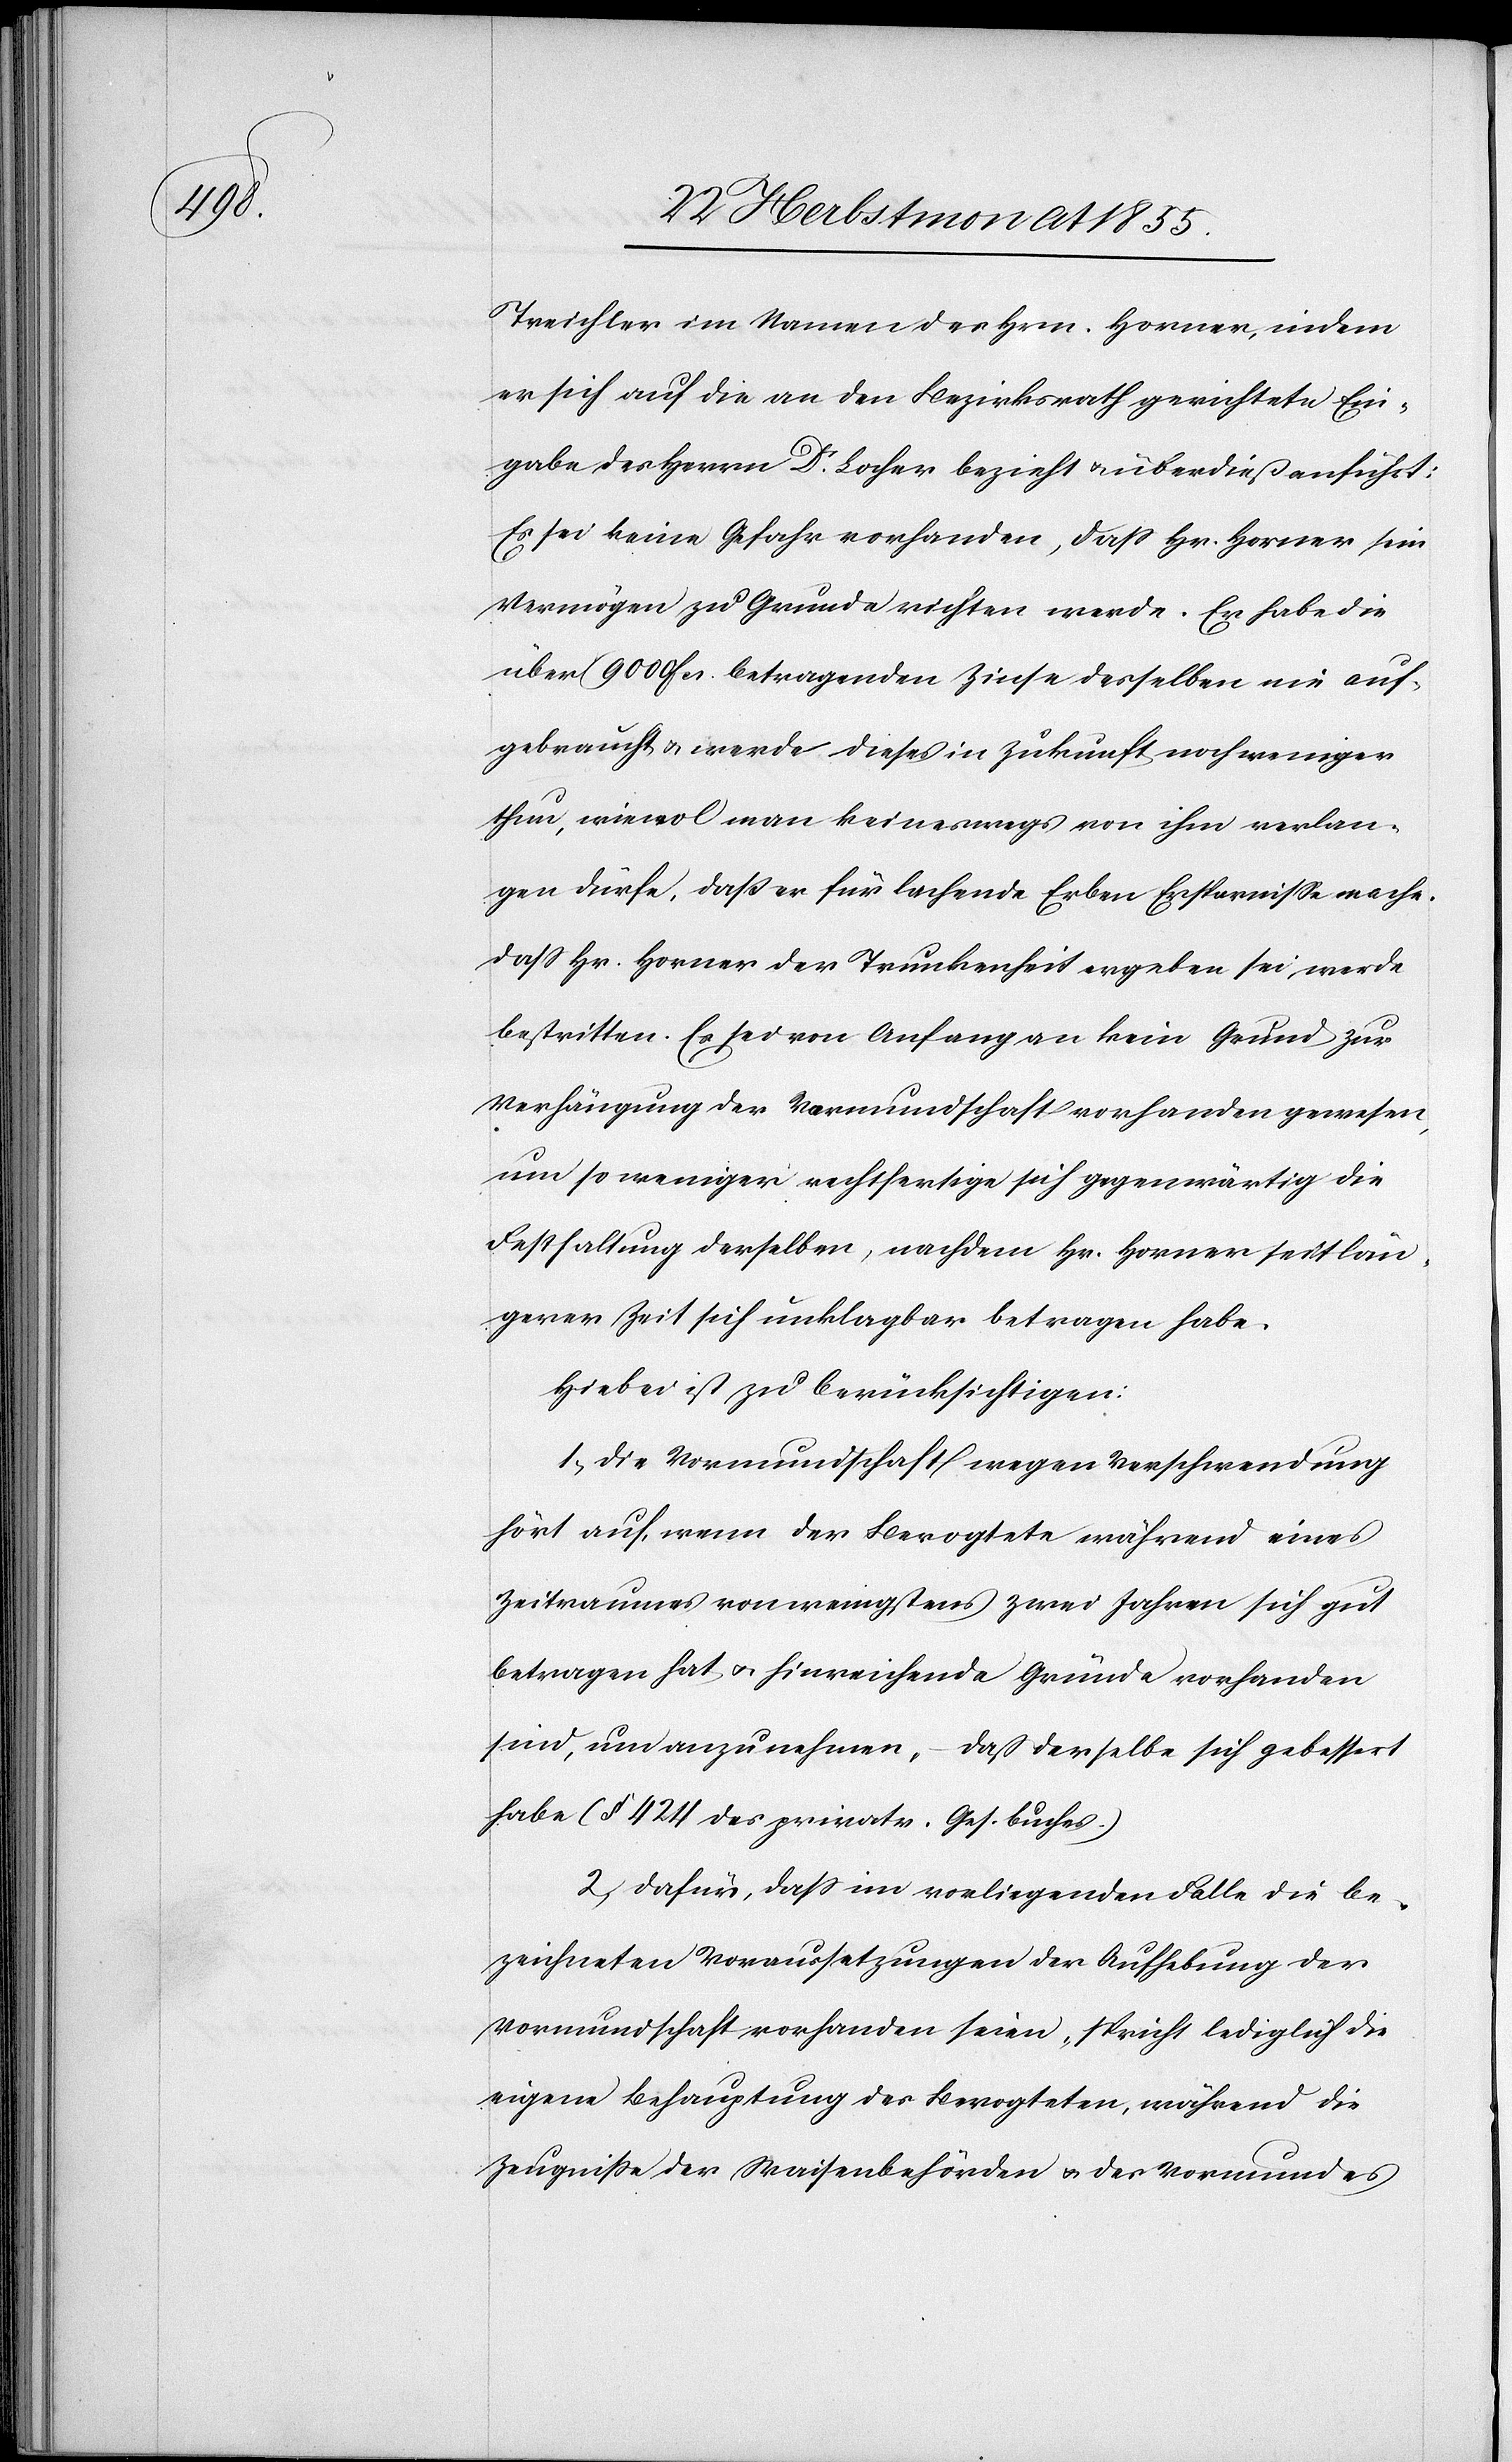
Treichler im Namen des Hrn. Horner, indem
er sich auf die an den Bezirksrath gerichtete Ein¬
gabe des Herrn Dr. Locher bezieht & überdieß anführt:
Es sei keine Gefahr vorhanden, dass Hr. Horner sein
Vermögen zu Grunde richten werde. Er habe die
über 9000 Fcs. betragenden Zinse desselben nie auf¬
gebraucht & werde dieses in Zukunft noch weniger
thun, wiewol man keineswegs von ihm verlan¬
gen dürfe, daß er für lachende Erben Ersparnisse mache.
Dass Hr. Horner der Trunkenheit ergeben sei, werde
bestritten. Es sei von Anfang an kein Grund zur
Verhängung der Vormundschaft vorhanden gewesen,
um so weniger rechtfertige sich gegenwärtig die
Festhaltung derselben, nachdem Hr. Horner seit län¬
gerer Zeit sich unklagbar betragen habe.
Hiebei ist zu berücksichtigen:
1, Die Vormundschaft wegen Verschwendung
hört auf, wenn der Bevogtete während eines
Zeitraumes von wenigstens zwei Jahren sich gut
betragen hat & hinreichende Gründe vorhanden
sind, um anzunehmen, – daß derselbe sich gebessert
habe (§ 424 des privatr. Ges.buches.)
2, Dafür, dass im vorliegenden Falle die be¬
zeichneten Voraussetzungen der Aufhebung der
Vormundschaft vorhanden seien, spricht lediglich die
eigene Behauptung des Bevogteten, während die
Zeugniße der Waisenbehörden & des Vormundes